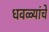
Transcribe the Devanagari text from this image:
धवळ्यांचे